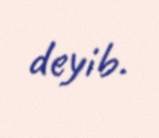
deyib.